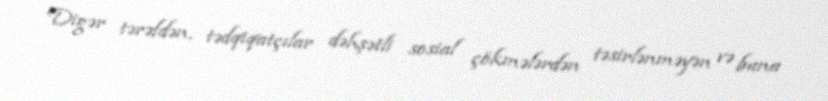
Digər tərəfdən, tədqiqatçılar dəhşətli sosial çökmələrdən təsirlənməyən və buna